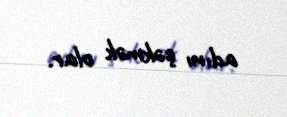
adını çəkmək olar.